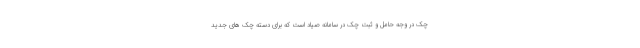
چک در وجه حامل و ثبت چک در سامانه صیاد است که برای دسته چک های جدید